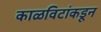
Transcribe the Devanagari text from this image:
काळविटांकडून